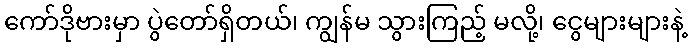
ကော်ဒိုဗားမှာ ပွဲတော်ရှိတယ်၊ ကျွန်မ သွားကြည့် မလို့၊ ငွေများများနဲ့